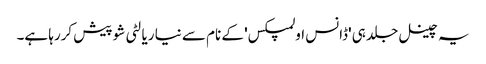
یہ چینل جلد ہی 'ڈانس اولمپکس' کے نام سے نیا ریالٹی شو پیش کررہا ہے۔